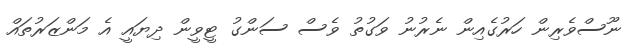
ނޫސްވެރިން ހަރުގެއިން ނެރުނު ވަގުތު ވެސް ސަންގު ޓީވީން ދިޔައީ އެ މަންޒަރުތައް